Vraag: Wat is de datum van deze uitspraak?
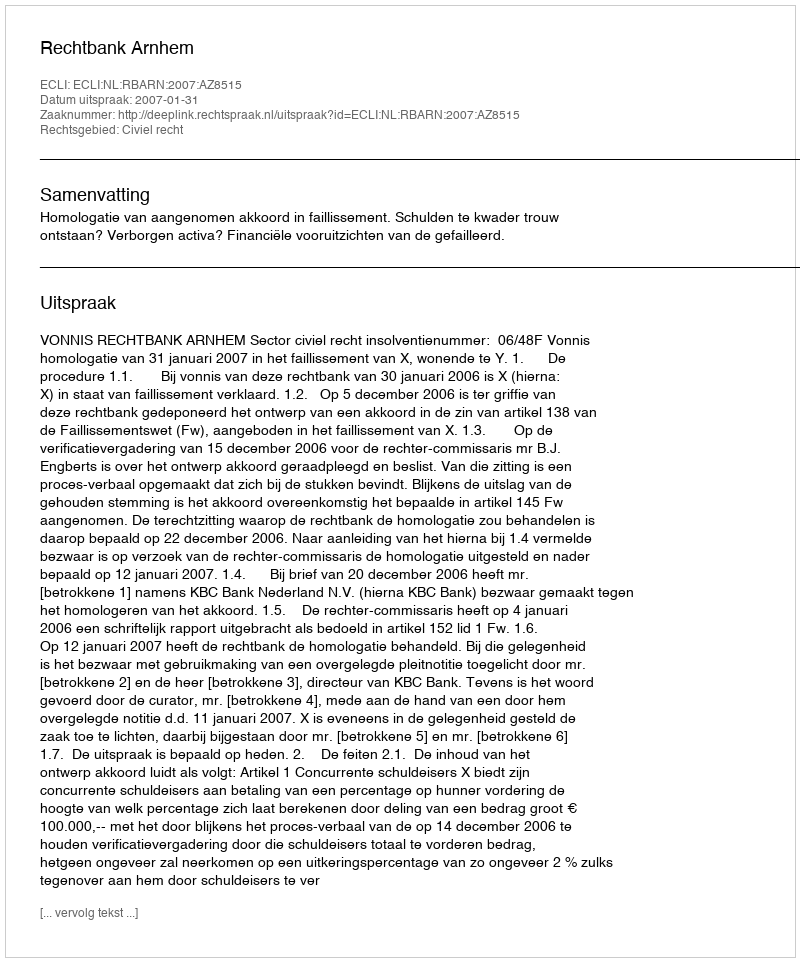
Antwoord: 2007-01-31